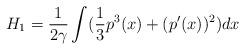
LaTeX: \begin{align*}H_1 = \frac{1}{2 \gamma} \int ( \frac{1}{3} p^3 (x) + (p^{\prime} (x))^2 )dx\end{align*}